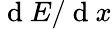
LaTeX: {\mathrm{~d~}}E/{\mathrm{~d~}}x